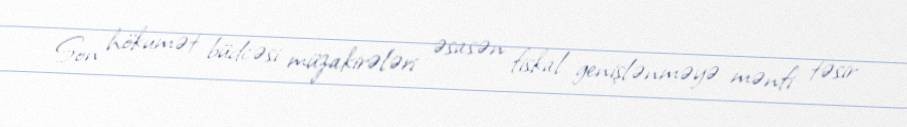
Son hökumət büdcəsi müzakirələri əsasən fiskal genişlənməyə mənfi təsir